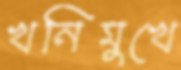
খনিমুখে